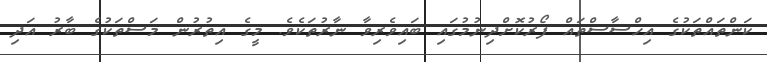
ކަންތައްތަކުގެ އިހްސާސްތައް ފޯރުކޮށްދިނުމުގައި ބައިވެރިވާ ނާރުތަކެވެ. މީގެ އިތުރުން މަސްތަކުގެ ބާރު އަދި